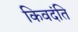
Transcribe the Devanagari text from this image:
किवदंति